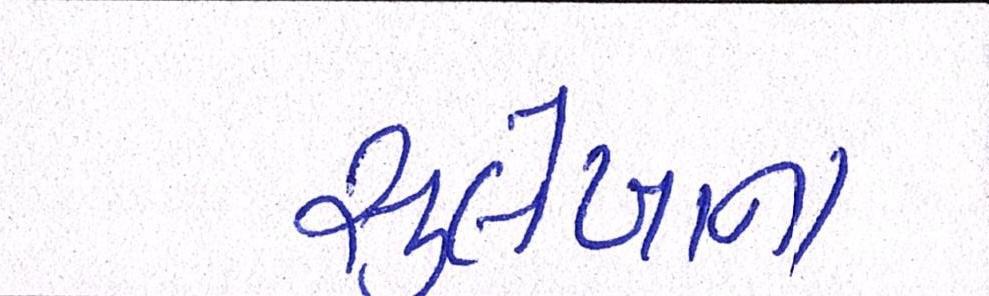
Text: સુલેખાના